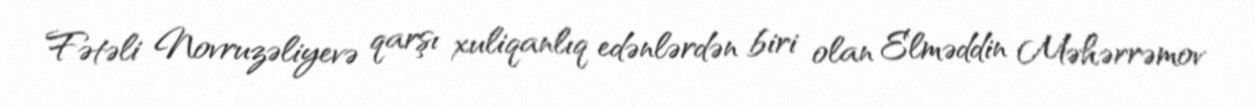
Fətəli Novruzəliyevə qarşı xuliqanlıq edənlərdən biri olan Elməddin Məhərrəmov